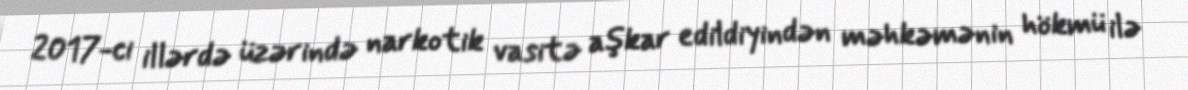
2017-ci illərdə üzərində narkotik vasitə aşkar edildiyindən məhkəmənin hökmü ilə